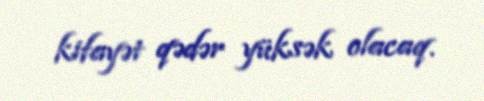
kifayət qədər yüksək olacaq.